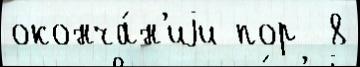
оконча́н'иjи пор  8